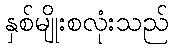
နှစ်မျိုးစလုံးသည်